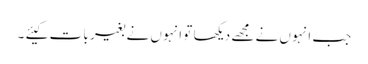
جب انہو ں نے مجھے دیکھا تو انہو ں نے بغیر با ت کیئے ۔